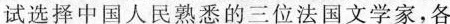
试选择中国人民熟悉的三位法国文学家，各